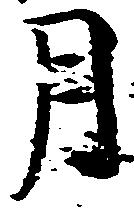
月